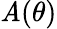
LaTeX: \mathit{A}(\theta)